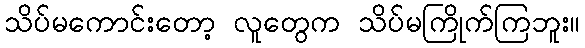
သိပ်မကောင်းတော့ လူတွေက သိပ်မကြိုက်ကြဘူး။